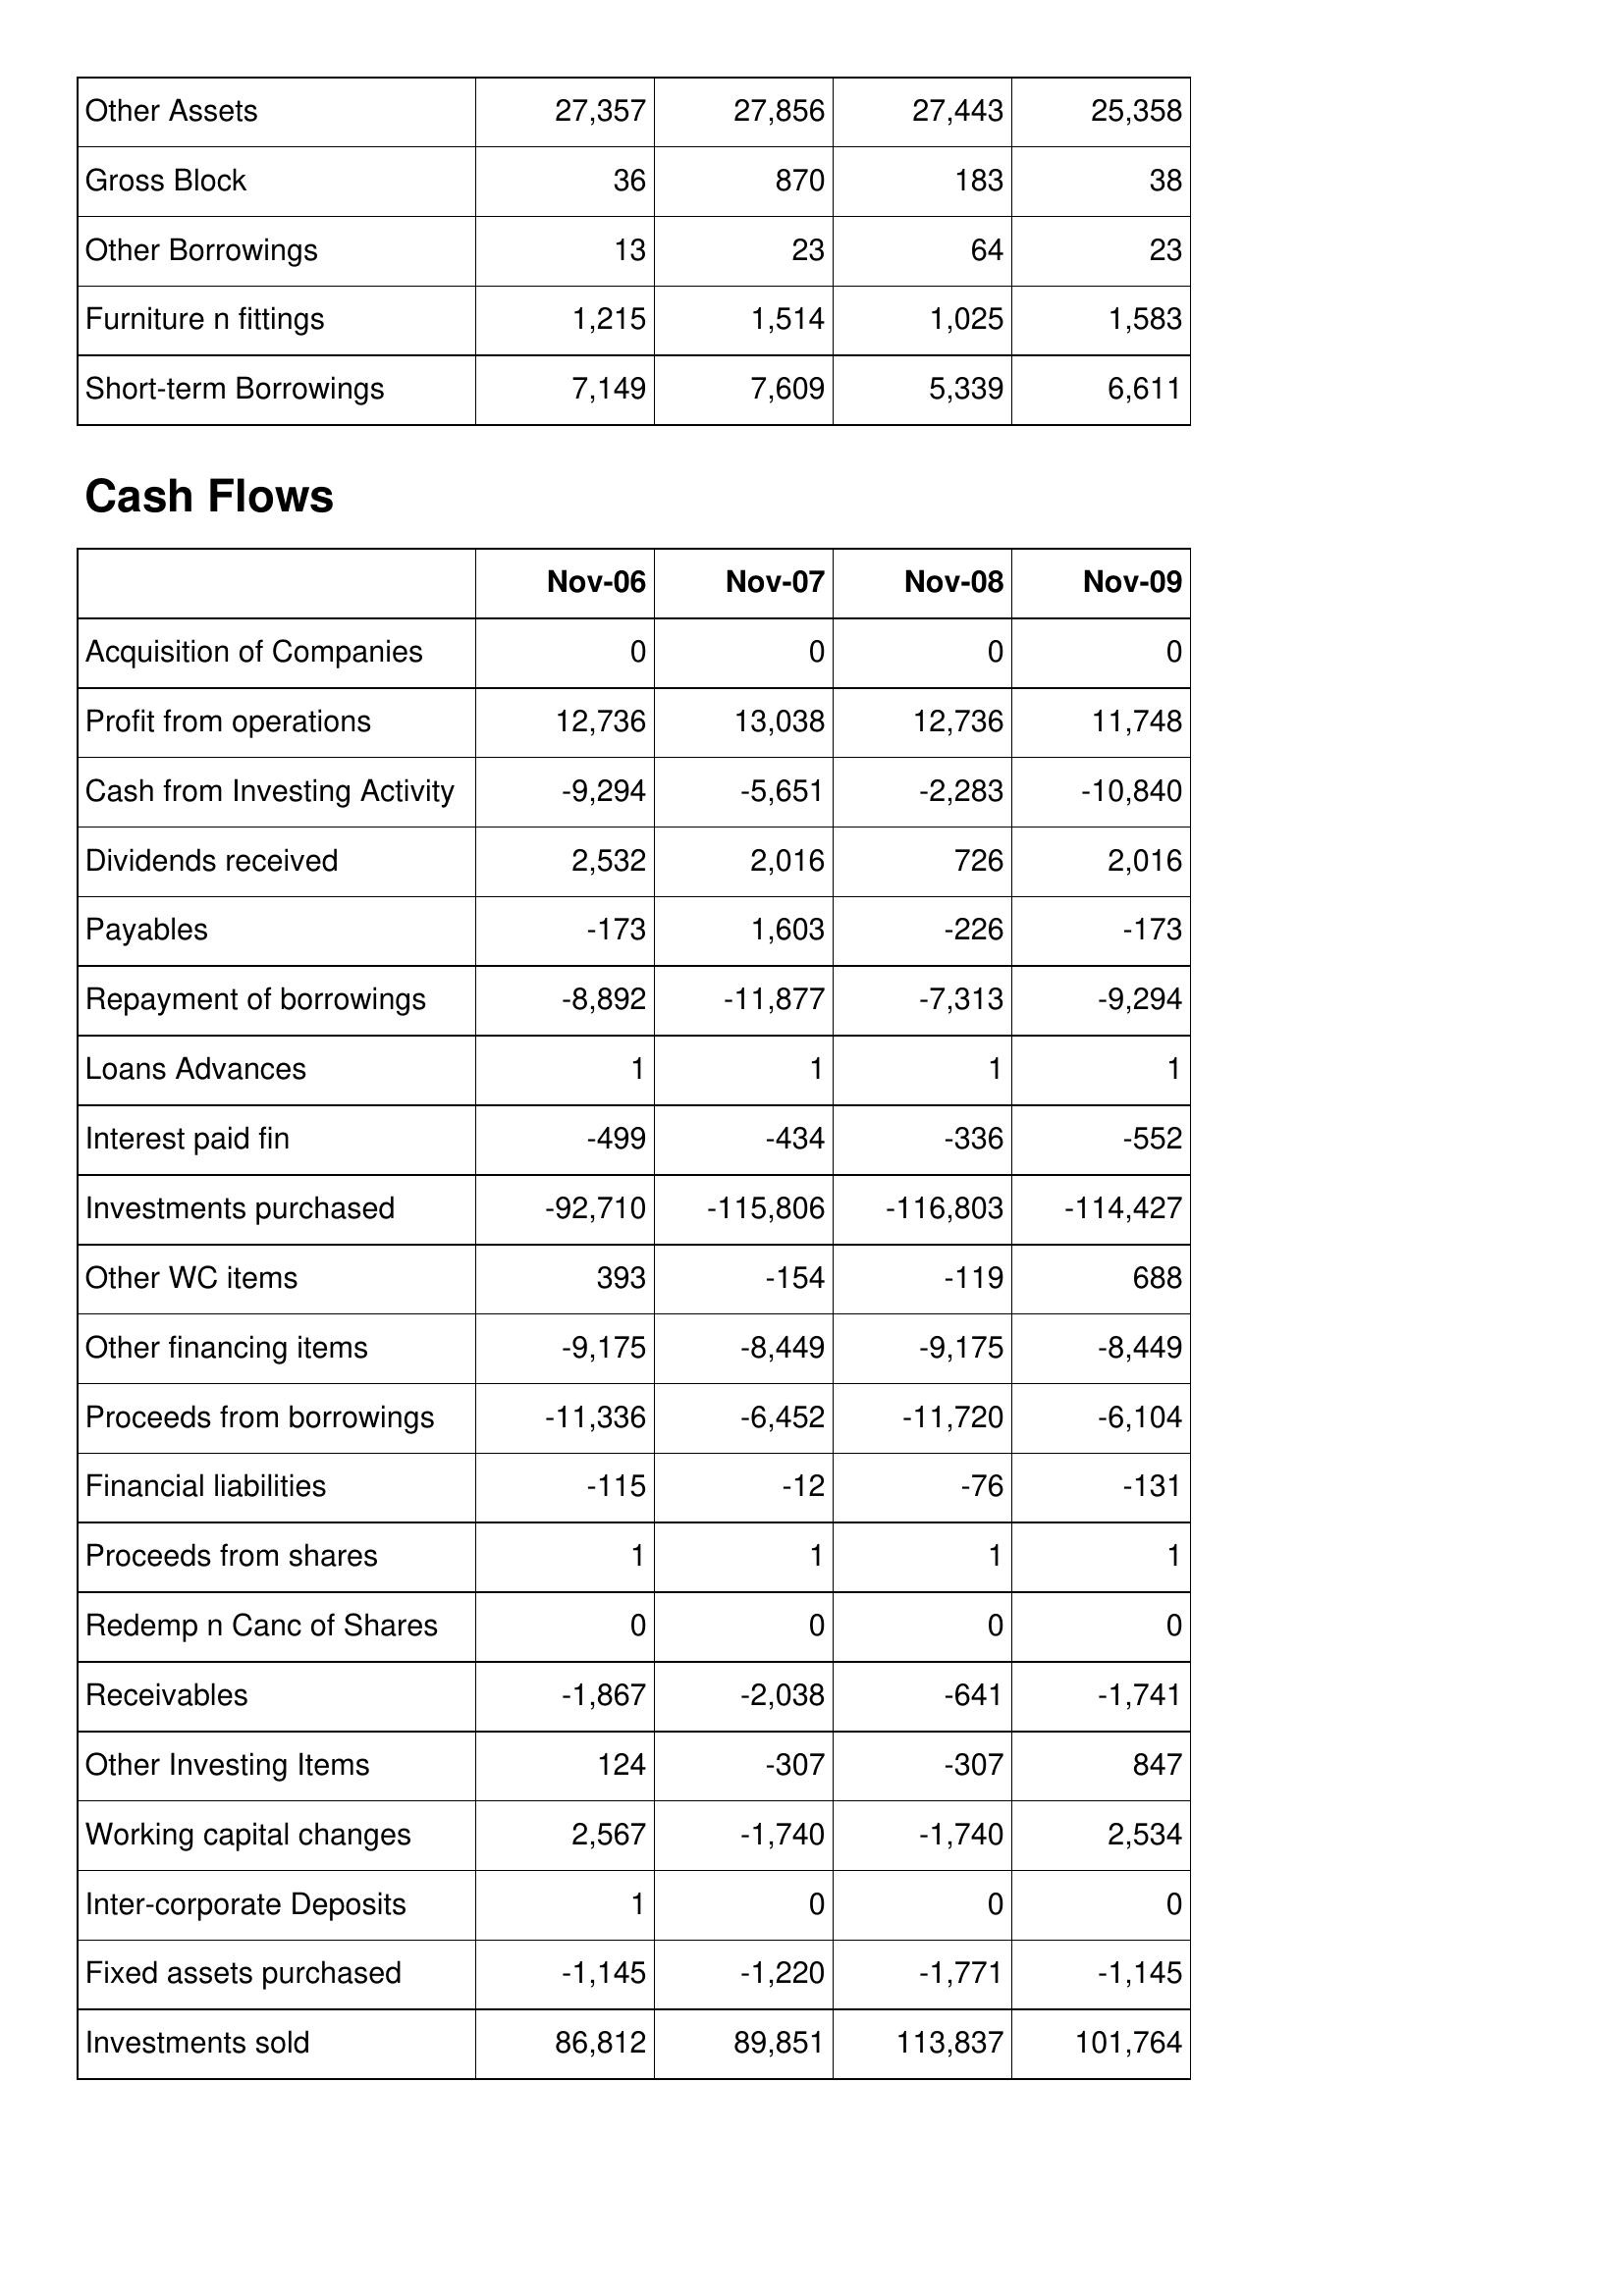
Nov-06: Balance Sheet: Other Assets: 27,357
Gross Block: 36
Other Borrowings: 13
Furniture n fittings: 1,215
Short-term Borrowings: 7,149
Cash Flows: Acquisition of Companies: 0
Profit from operations: 12,736
Cash from Investing Activity: -9,294
Dividends received: 2,532
Payables: -173
Repayment of borrowings: -8,892
Loans Advances: 1
Interest paid fin: -499
Investments purchased: -92,710
Other WC items: 393
Other financing items: -9,175
Proceeds from borrowings: -11,336
Financial liabilities: -115
Proceeds from shares: 1
Redemp n Canc of Shares: 0
Receivables: -1,867
Other Investing Items: 124
Working capital changes: 2,567
Inter-corporate Deposits: 1
Fixed assets purchased: -1,145
Investments sold: 86,812
Nov-07: Balance Sheet: Other Assets: 27,856
Gross Block: 870
Other Borrowings: 23
Furniture n fittings: 1,514
Short-term Borrowings: 7,609
Cash Flows: Acquisition of Companies: 0
Profit from operations: 13,038
Cash from Investing Activity: -5,651
Dividends received: 2,016
Payables: 1,603
Repayment of borrowings: -11,877
Loans Advances: 1
Interest paid fin: -434
Investments purchased: -115,806
Other WC items: -154
Other financing items: -8,449
Proceeds from borrowings: -6,452
Financial liabilities: -12
Proceeds from shares: 1
Redemp n Canc of Shares: 0
Receivables: -2,038
Other Investing Items: -307
Working capital changes: -1,740
Inter-corporate Deposits: 0
Fixed assets purchased: -1,220
Investments sold: 89,851
Nov-08: Balance Sheet: Other Assets: 27,443
Gross Block: 183
Other Borrowings: 64
Furniture n fittings: 1,025
Short-term Borrowings: 5,339
Cash Flows: Acquisition of Companies: 0
Profit from operations: 12,736
Cash from Investing Activity: -2,283
Dividends received: 726
Payables: -226
Repayment of borrowings: -7,313
Loans Advances: 1
Interest paid fin: -336
Investments purchased: -116,803
Other WC items: -119
Other financing items: -9,175
Proceeds from borrowings: -11,720
Financial liabilities: -76
Proceeds from shares: 1
Redemp n Canc of Shares: 0
Receivables: -641
Other Investing Items: -307
Working capital changes: -1,740
Inter-corporate Deposits: 0
Fixed assets purchased: -1,771
Investments sold: 113,837
Nov-09: Balance Sheet: Other Assets: 25,358
Gross Block: 38
Other Borrowings: 23
Furniture n fittings: 1,583
Short-term Borrowings: 6,611
Cash Flows: Acquisition of Companies: 0
Profit from operations: 11,748
Cash from Investing Activity: -10,840
Dividends received: 2,016
Payables: -173
Repayment of borrowings: -9,294
Loans Advances: 1
Interest paid fin: -552
Investments purchased: -114,427
Other WC items: 688
Other financing items: -8,449
Proceeds from borrowings: -6,104
Financial liabilities: -131
Proceeds from shares: 1
Redemp n Canc of Shares: 0
Receivables: -1,741
Other Investing Items: 847
Working capital changes: 2,534
Inter-corporate Deposits: 0
Fixed assets purchased: -1,145
Investments sold: 101,764